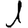
Digit: 1